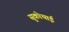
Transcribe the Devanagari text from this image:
सुकोथाई